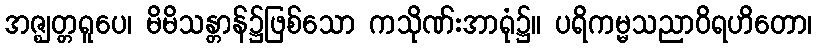
အဇ္ဈတ္တရူပေ၊ မိမိသန္တာန်၌ဖြစ်သော ကသိုဏ်းအာရုံ၌။ ပရိကမ္မသညာဝိရဟိတော၊